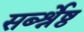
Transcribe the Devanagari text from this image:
सर्ब्श्रेष्ठ